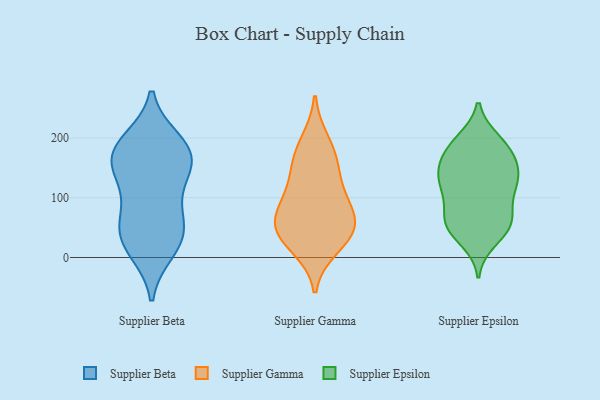
{"axis": {"x": "Inventory Turnover", "y": "Value"}, "legend": ["Supplier Beta", "Supplier Epsilon", "Supplier Gamma"], "data": [{"x": "", "y": 169, "type": "Supplier Beta"}, {"x": "", "y": 63, "type": "Supplier Beta"}, {"x": "", "y": 19, "type": "Supplier Beta"}, {"x": "", "y": 184, "type": "Supplier Beta"}, {"x": "", "y": 194, "type": "Supplier Beta"}, {"x": "", "y": 12, "type": "Supplier Beta"}, {"x": "", "y": 40, "type": "Supplier Beta"}, {"x": "", "y": 166, "type": "Supplier Beta"}, {"x": "", "y": 41, "type": "Supplier Beta"}, {"x": "", "y": 117, "type": "Supplier Beta"}, {"x": "", "y": 141, "type": "Supplier Beta"}, {"x": "", "y": 150, "type": "Supplier Beta"}, {"x": "", "y": 72, "type": "Supplier Beta"}, {"x": "", "y": 185, "type": "Supplier Beta"}, {"x": "", "y": 162, "type": "Supplier Gamma"}, {"x": "", "y": 111, "type": "Supplier Gamma"}, {"x": "", "y": 52, "type": "Supplier Gamma"}, {"x": "", "y": 18, "type": "Supplier Gamma"}, {"x": "", "y": 73, "type": "Supplier Gamma"}, {"x": "", "y": 60, "type": "Supplier Gamma"}, {"x": "", "y": 194, "type": "Supplier Gamma"}, {"x": "", "y": 156, "type": "Supplier Gamma"}, {"x": "", "y": 100, "type": "Supplier Gamma"}, {"x": "", "y": 43, "type": "Supplier Gamma"}, {"x": "", "y": 37, "type": "Supplier Gamma"}, {"x": "", "y": 196, "type": "Supplier Epsilon"}, {"x": "", "y": 189, "type": "Supplier Epsilon"}, {"x": "", "y": 153, "type": "Supplier Epsilon"}, {"x": "", "y": 150, "type": "Supplier Epsilon"}, {"x": "", "y": 123, "type": "Supplier Epsilon"}, {"x": "", "y": 188, "type": "Supplier Epsilon"}, {"x": "", "y": 51, "type": "Supplier Epsilon"}, {"x": "", "y": 65, "type": "Supplier Epsilon"}, {"x": "", "y": 112, "type": "Supplier Epsilon"}, {"x": "", "y": 29, "type": "Supplier Epsilon"}, {"x": "", "y": 145, "type": "Supplier Epsilon"}, {"x": "", "y": 54, "type": "Supplier Epsilon"}, {"x": "", "y": 126, "type": "Supplier Epsilon"}, {"x": "", "y": 122, "type": "Supplier Epsilon"}, {"x": "", "y": 160, "type": "Supplier Epsilon"}, {"x": "", "y": 48, "type": "Supplier Epsilon"}, {"x": "", "y": 61, "type": "Supplier Epsilon"}, {"x": "", "y": 106, "type": "Supplier Epsilon"}, {"x": "", "y": 183, "type": "Supplier Epsilon"}, {"x": "", "y": 71, "type": "Supplier Epsilon"}]}